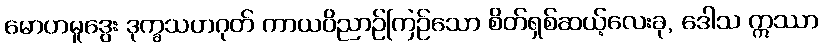
မောဟမူဒွေး ဒုက္ခသဟဂုတ် ကာယဝိညာဉ်ကြဉ်သော စိတ်ရှစ်ဆယ့်လေးခု, ဒေါသ ဣဿာ